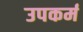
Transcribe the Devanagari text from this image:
उपकर्म